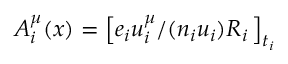
A _ { i } ^ { \mu } ( x ) = \left[ e _ { i } u _ { i } ^ { \mu } / ( n _ { i } u _ { i } ) R _ { i } \, \right] _ { t _ { i } }